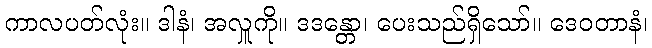
ကာလပတ်လုံး။ ဒါနံ၊ အလှူကို။ ဒဒန္တော၊ ပေးသည်ရှိသော်။ ဒေဝတာနံ၊